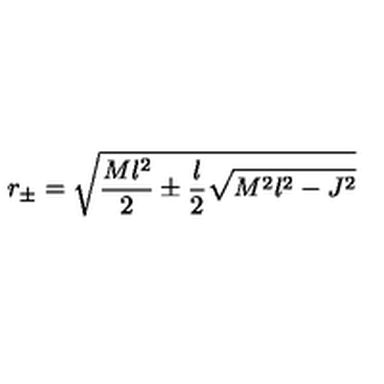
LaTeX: r _ { \pm } = \sqrt { \frac { M l ^ { 2 } } { 2 } \pm \frac { l } { 2 } \sqrt { M ^ { 2 } l ^ { 2 } - J ^ { 2 } } }